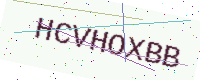
Text: HCVHOXBB